Indian journal of veterinary science and animal husbandry - Volumes 18-21, 1948-1951
Year: 1948
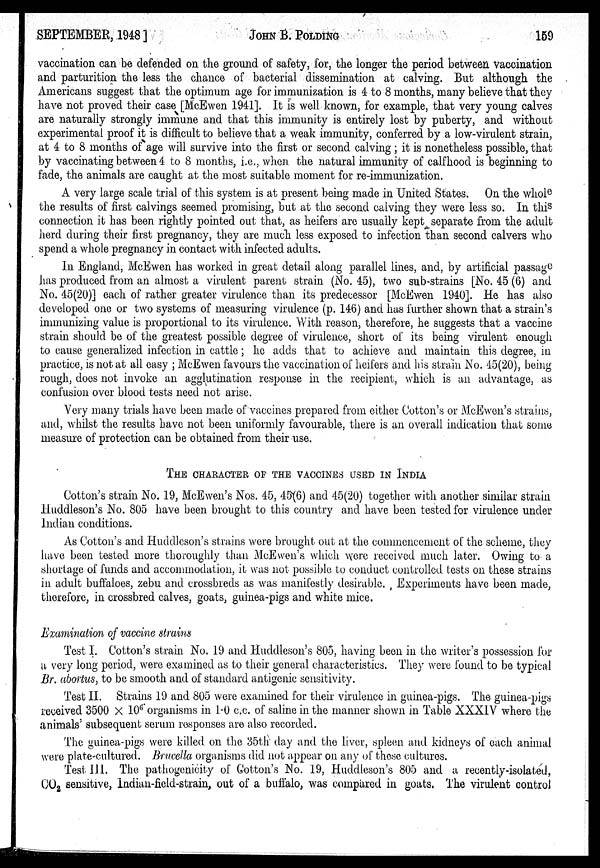
SEPTEMBER, 1948]
JOHN
B.
POLDING
159
vaccination can be defended on the ground of safety, for, the longer the period between vaccination
and parturition the less the chance of bacterial dissemination at calving. But although the
Americans suggest that the optimum age for immunization is 4 to 8 months, many believe that they
have not proved their case [McEwen 1941]. It is well known, for example, that very young calves
are naturally strongly immune and that this immunity is entirely lost by puberty, and without
experimental proof it is difficult to believe that a weak immunity, conferred by a low-virulent strain,
at 4 to 8 months of age will survive into the first or second calving; it is nonetheless possible, that
by vaccinating between 4 to 8 months, i.e., when the natural immunity of calfhood is beginning to
fade, the animals are caught at the most suitable moment for re-immunization.
A very large scale trial of this system is at present being made in United States. On the whole
the results of first calvings seemed promising, but at the second calving they were less so. In this
connection it has been rightly pointed out that, as heifers are usually kept separate from the adult
herd during their first pregnancy, they are much less exposed to infection than second calvers who
spend a whole pregnancy in contact with infected adults.
In England, McEwen has worked in great detail along parallel lines, and, by artificial passage
has produced from an almost a virulent parent strain (No. 45), two sub-strains [No. 45 (6) and
No. 45(20)] each of rather greater virulence than its predecessor [McEwen 1940]. He has also
developed one or two systems of measuring virulence (p. 146) and has further shown that a strain's
immunizing value is proportional to its virulence. With reason, therefore, he suggests that a vaccine
strain should be of the greatest possible degree of virulence, short of its being virulent enough
to cause generalized infection in cattle; he adds that to achieve and maintain this degree, in
practice, is not at all easy ; McEwen favours the vaccination of heifers and his strain No. 45(20), being
rough, does not invoke an agglutination response in the recipient, which is an advantage, as
confusion over blood tests need not arise.
Very many trials have been made of vaccines prepared from either Cotton's or McEwen's strains,
and, whilst the results have not been uniformly favourable, there is an overall indication that some
measure of protection can be obtained from their use.
THE CHARACTER OF THE VACCINES USED IN INDIA
Cotton's strain No. 19, McEwen's Nos. 45, 45(6) and 45(20) together with another similar strain
Huddleson's No. 805 have been brought to this country and have been tested for virulence under
Indian conditions.
As Cotton's and Huddleson's strains were brought out at the commencement of the scheme, they
have been tested more thoroughly than McEwen's which were received much later. Owing to a
shortage of funds and accommodation, it was not possible to conduct controlled tests on these strains
in adult buffaloes, zebu and crossbreds as was manifestly desirable. Experiments have been made,
therefore, in crossbred calves, goats, guinea-pigs and white mice.
Examination of vaccine strains
Test I. Cotton's strain No. 19 and Huddleson's 805, having been in the writer's possession for
a very long period, were examined as to their general characteristics. They were found to be typical
Br. abortus, to be smooth and of standard antigenic sensitivity.
Test II. Strains 19 and 805 were examined for their virulence in guinea-pigs. The guinea-pigs
received 3500 × 10 6 organisms in 1.0 c.c. of saline in the manner shown in Table XXXIV where the
animals' subsequent serum responses are also recorded.
The guinea-pigs were killed on the 35th day and the liver, spleen and kidneys of each animal
were plate-cultured. Brucella organisms did not appear on any of these cultures.
Test III. The pathogenicity of Cotton's No. 19, Huddleson's 805 and a recently-isolated,
CO 2 sensitive, Indian-field-strain, out of a buffalo, was compared in goats. The virulent control